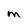
Character: M